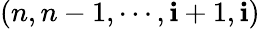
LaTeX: (n,n-1,\cdots,\mathbf{i}+1,\mathbf{i})